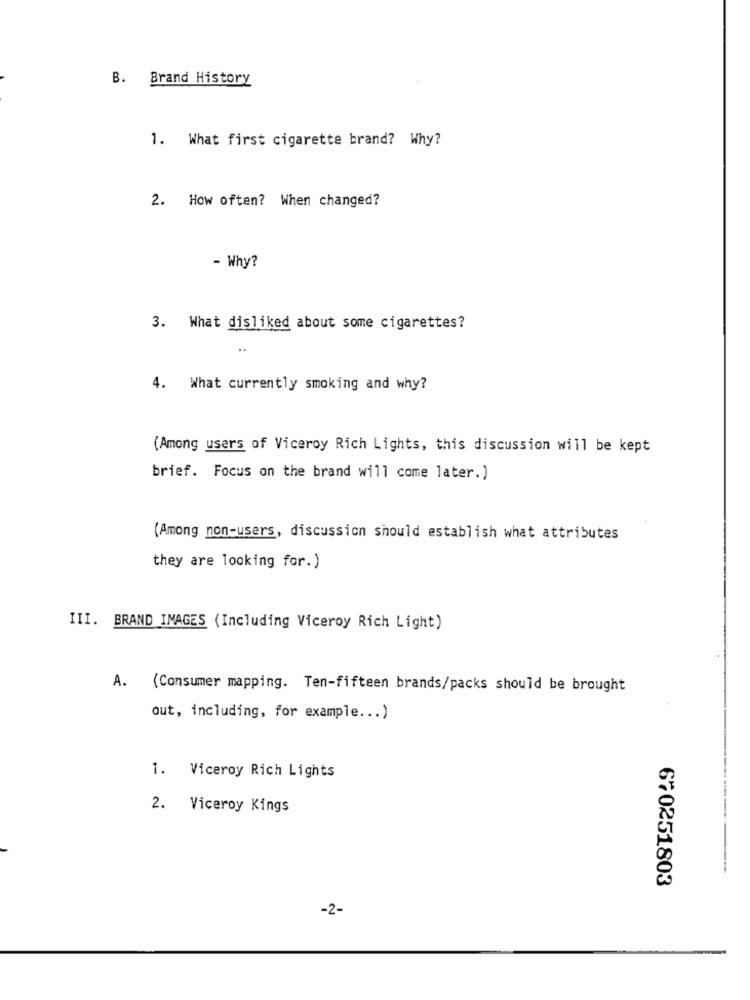
B. Brand History
1. What first cigarette brand? Why?
2. How often? When changed?
- Why?
3. What disliked about some cigarettes?
4. What currently smoking and why?
(Among users of Viceroy Rich Lights, this discussion will be kept
brief. Focus on the brand will come later.)
(Among non-users, discussion should establish what attributes
they are looking for.)
III. BRAND IMAGES (Including Viceroy Rich Light)
A.
(Consumer mapping. Ten-fifteen brands/packs should be brought
out, including, for example ... )
1. Viceroy Rich Lights
2. Viceroy Kings
670251803
-2-